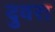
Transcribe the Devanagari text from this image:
दुवरा